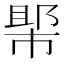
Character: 𱜲